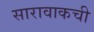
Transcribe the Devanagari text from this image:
सारावाकची